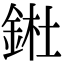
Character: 𨧀